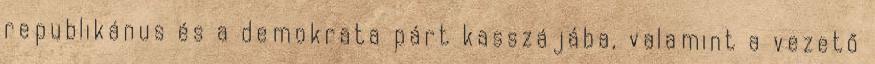
republikánus és a demokrata párt kasszájába, valamint a vezető